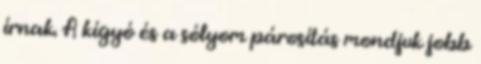
írnak. A kígyó és a sólyom párosítás mondjuk jobb